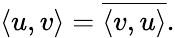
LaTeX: \langle u,v\rangle={\overline{{\langle v,u\rangle}}}.